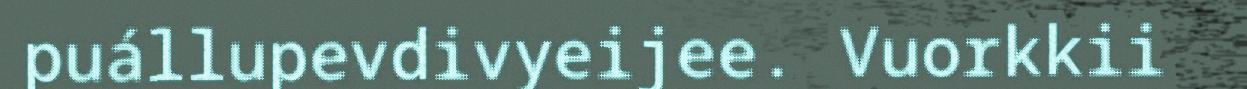
puállupevdivyeijee. Vuorkkii